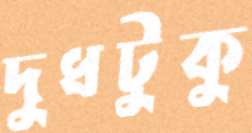
দুধটুকু